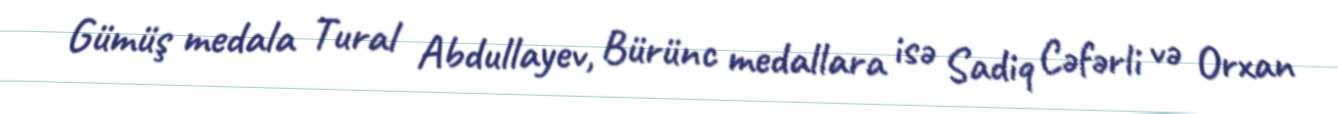
Gümüş medala Tural Abdullayev, Bürünc medallara isə Sadiq Cəfərli və Orxan